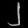
Digit: ၂